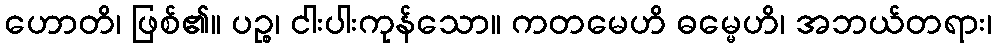
ဟောတိ၊ ဖြစ်၏။ ပဉ္စ၊ ငါးပါးကုန်သော။ ကတမေဟိ ဓမ္မေဟိ၊ အဘယ်တရား၊